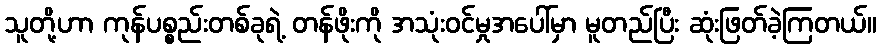
သူတို့ဟာ ကုန်ပစ္စည်းတစ်ခုရဲ့ တန်ဖိုးကို အသုံးဝင်မှုအပေါ်မှာ မူတည်ပြီး ဆုံးဖြတ်ခဲ့ကြတယ်။